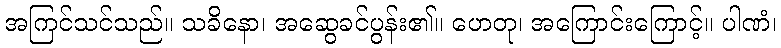
အကြင်သင်သည်။ သခိနော၊ အဆွေခင်ပွန်း၏။ ဟေတု၊ အကြောင်းကြောင့်။ ပါဏံ၊